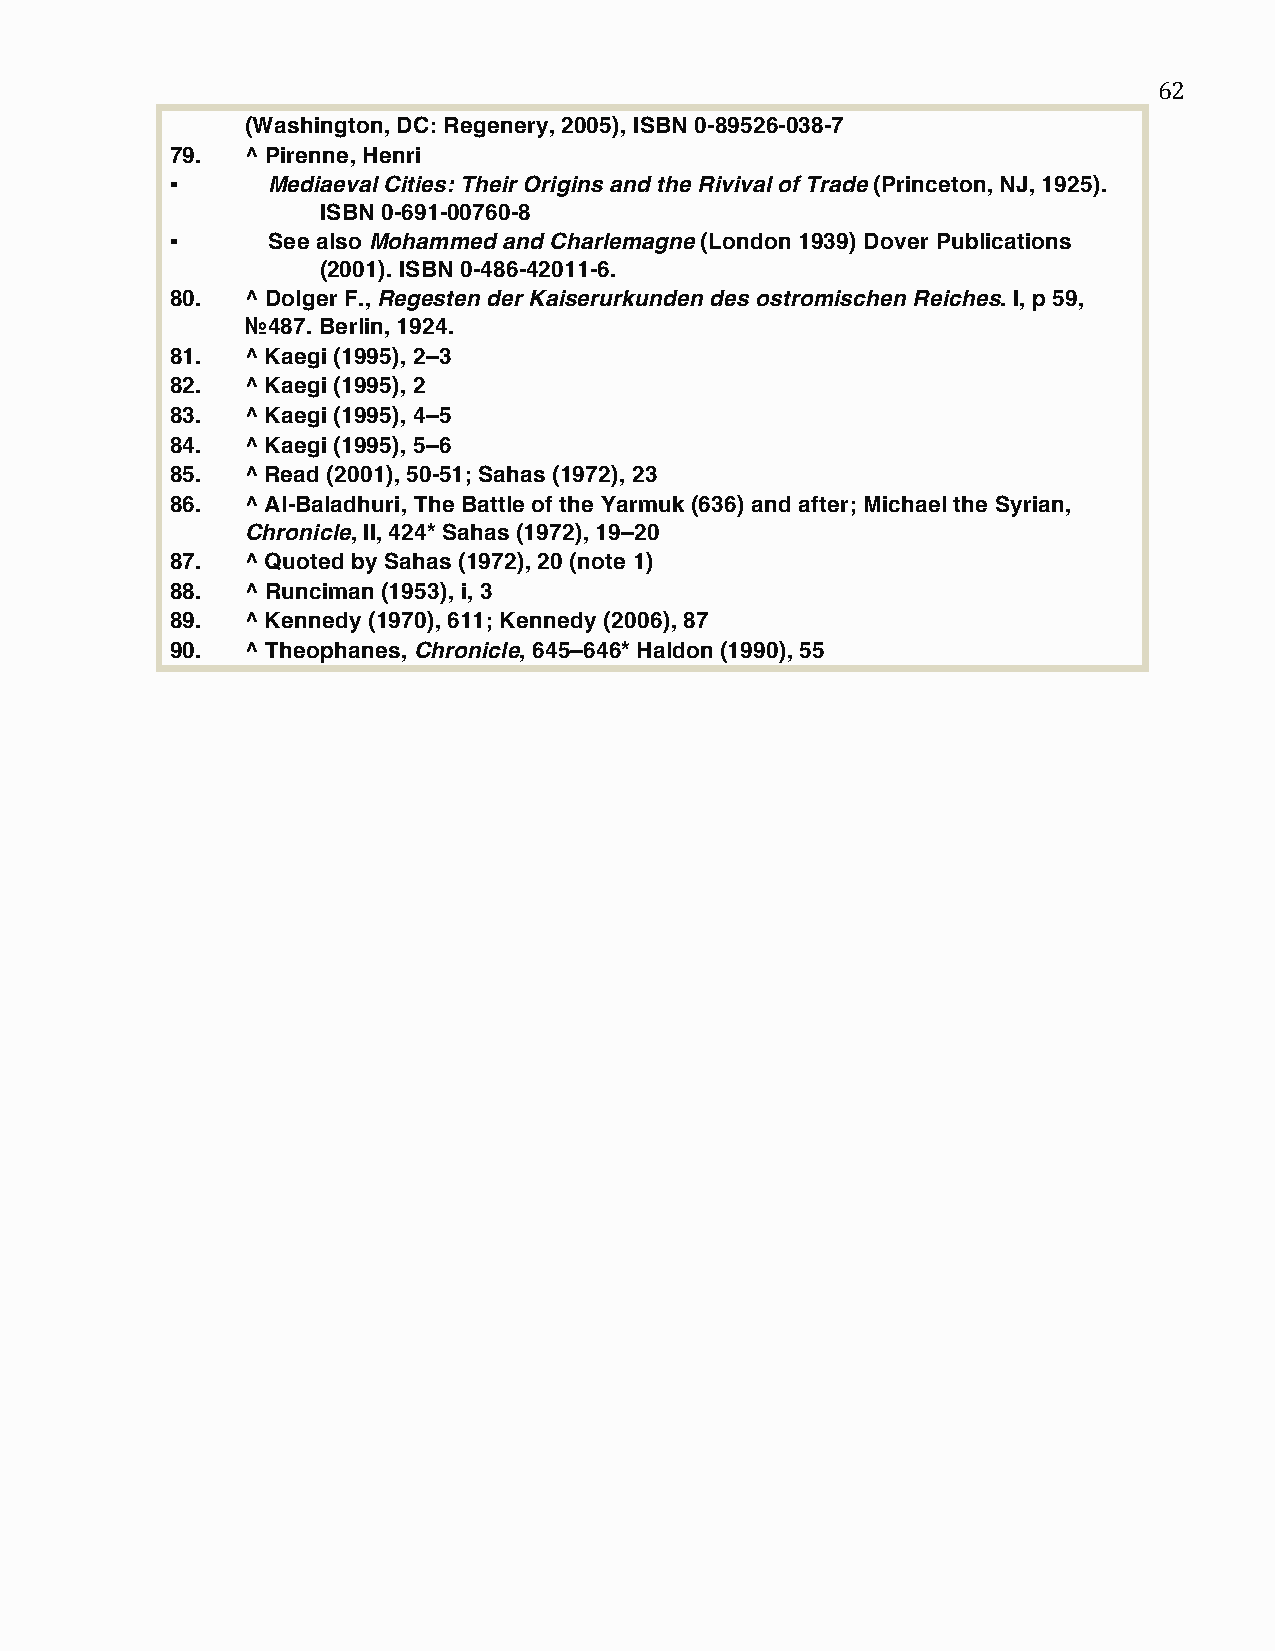
62
 (Washington, DC: Regenery, 2005), ISBN 0-89526-038-7
 79.  ^ Pirenne, Henri
 ▪      Mediaeval Cities: Their Origins and the Rivival of Trade (Princeton, NJ, 1925).
 ISBN 0-691-00760-8
 ▪      See also Mohammed and Charlemagne (London 1939) Dover Publications
 (2001). ISBN 0-486-42011-6.
 80.  ^ Dolger F., Regesten der Kaiserurkunden des ostromischen Reiches. I, p 59,
 №487. Berlin, 1924.
 81.  ^ Kaegi (1995), 2–3
 82.  ^ Kaegi (1995), 2
 83.  ^ Kaegi (1995), 4–5
 84.  ^ Kaegi (1995), 5–6
 85.  ^ Read (2001), 50-51; Sahas (1972), 23
 86.  ^ Al-Baladhuri, The Battle of the Yarmuk (636) and after; Michael the Syrian,
 Chronicle, II, 424 * Sahas (1972), 19–20
 87.  ^ Quoted by Sahas (1972), 20 (note 1)
 88.  ^ Runciman (1953), i, 3
 89.  ^ Kennedy (1970), 611; Kennedy (2006), 87
 90.  ^ Theophanes, Chronicle, 645–646 * Haldon (1990), 55